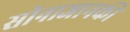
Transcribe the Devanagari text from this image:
सोनाजानकी